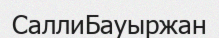
СаллиБауыржан